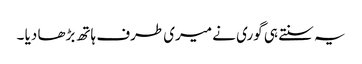
یہ سنتے ہی گوری نے میری طرف ہاتھ بڑھا دیا ۔